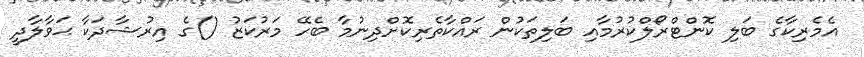
އެމެރިކާގެ ބަލި ކޮންޓްރޯލްކުރުމާއި ބަލިތަކުން ރައްކާތެރިކޮށްދިނުމާ ބެހޭ މަރުކަޒު ()ގެ އިރުޝާދަކާ ޙަވާލާދީ